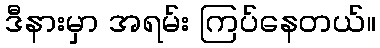
ဒီနားမှာ အရမ်း ကြပ်နေတယ်။